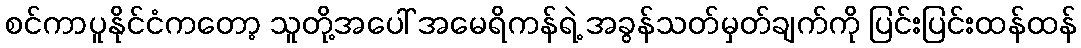
စင်ကာပူနိုင်ငံကတော့ သူတို့အပေါ် အမေရိကန်ရဲ့ အခွန်သတ်မှတ်ချက်ကို ပြင်းပြင်းထန်ထန်